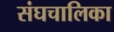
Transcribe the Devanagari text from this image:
संघचालिका